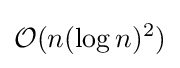
{\mathcal {O}}(n(\log n)^{2})